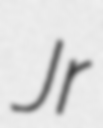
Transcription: Jr